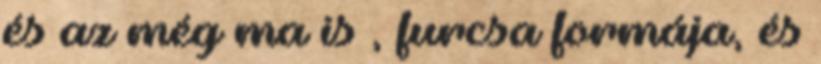
és az még ma is , furcsa formája, és